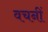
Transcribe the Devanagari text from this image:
वचनीं